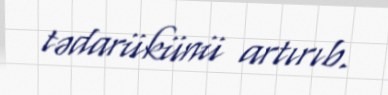
tədarükünü artırıb.